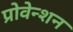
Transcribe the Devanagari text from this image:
प्रोवेन्शन